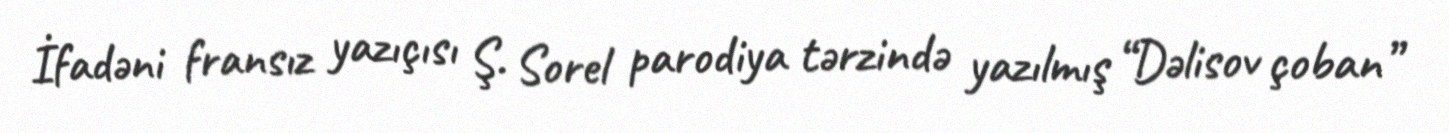
İfadəni fransız yazıçısı Ş. Sorel parodiya tərzində yazılmış “Dəlisov çoban”